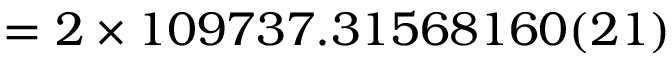
= 2 \times 1 0 9 7 3 7 . 3 1 5 6 8 1 6 0 ( 2 1 )